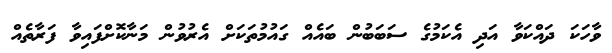
ވާހަކަ ދައްކަވާ އަދި އެކަމުގެ ސަބަބުން ބައެއް ގައުމުތަކަށް އެރުވުން މަނާކޮށްފައިވާ ފަރާތެއް